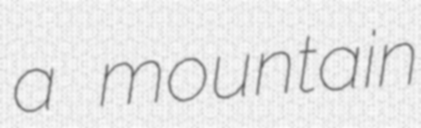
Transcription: a mountain